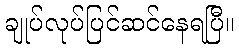
ချုပ်လုပ်ပြင်ဆင်နေရပြီ။